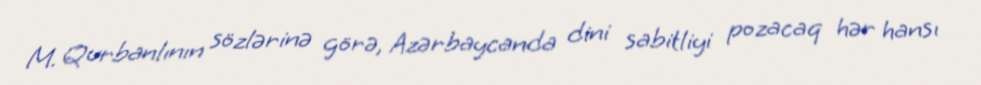
M. Qurbanlının sözlərinə görə, Azərbaycanda dini sabitliyi pozacaq hər hansı